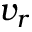
v _ { r }